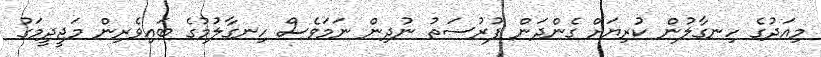
މިއަދުގެ ހިނގާލުން ކުރިޔަށް ގެންދަން ފުރުސަތު ނުދިން ނަމަވެސް ހިނގާލުމުގެ ބައިވެރިން މަޖީދީމަގު